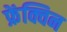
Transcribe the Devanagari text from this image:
फ्रेंक्विन